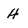
Character: 4